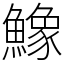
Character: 鱌